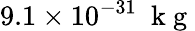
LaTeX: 9.1\times 10^{-31}\ \mathrm{~k~g~}